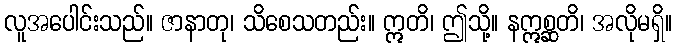
လူအပေါင်းသည်။ ဇာနာတု၊ သိစေသတည်း။ ဣတိ၊ ဤသို့။ နဣစ္ဆတိ၊ အလိုမရှိ။